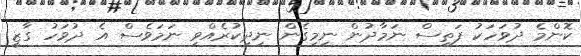
ކޮންމެ ދުވަހަކު ފަތިސް ނަމާދުން ނިމިގެން ނިދިކުރެއްވި ނަމަވެސް އެ ދުވަހު ގާޒީ